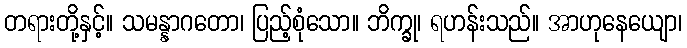
တရားတို့နှင့်။ သမန္နာဂတော၊ ပြည့်စုံသော။ ဘိက္ခု၊ ရဟန်းသည်။ အာဟုနေယျော၊